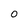
Character: o